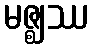
မဇ္ဈဿ